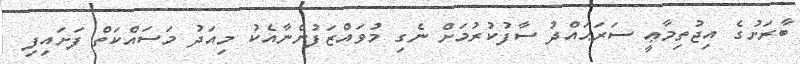
ބާރަށުގެ އިޖުތިމާޢީ ސަރަޙައްދު ސާފުކުރުމަށް ނެގި މުވައްޒަފުންނާއެކު މިއަދު މަސައްކަތް ފަށައިފި